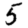
Digit: 5